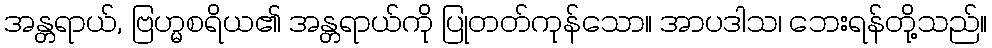
အန္တရာယ်, ဗြဟ္မစရိယ၏ အန္တရာယ်ကို ပြုတတ်ကုန်သော။ အာပဒါသ၊ ဘေးရန်တို့သည်။